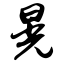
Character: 晃